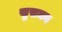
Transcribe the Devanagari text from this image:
सुसमन